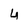
Character: 4